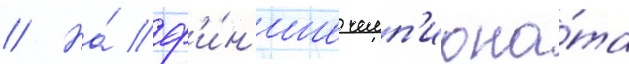
// На́ ф'и́н'ише чемп'иона́та